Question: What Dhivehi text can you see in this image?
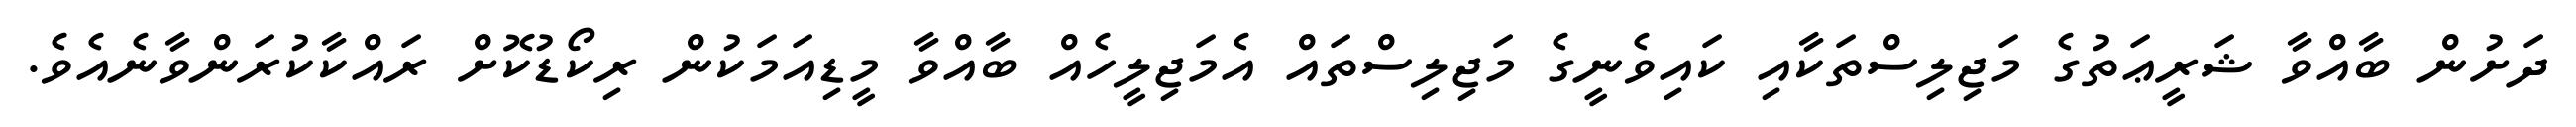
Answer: ދަށުން ބާއްވާ ޝަރީޢަތުގެ މަޖިލިސްތަކާއި ކައިވެނީގެ މަޖިލިސްތައް އެމަޖިލީހެއް ބާއްވާ މީޑިއަމަކުން ރިކޯޑުކޮށް ރައްކާކުރަންވާނެއެވެ.